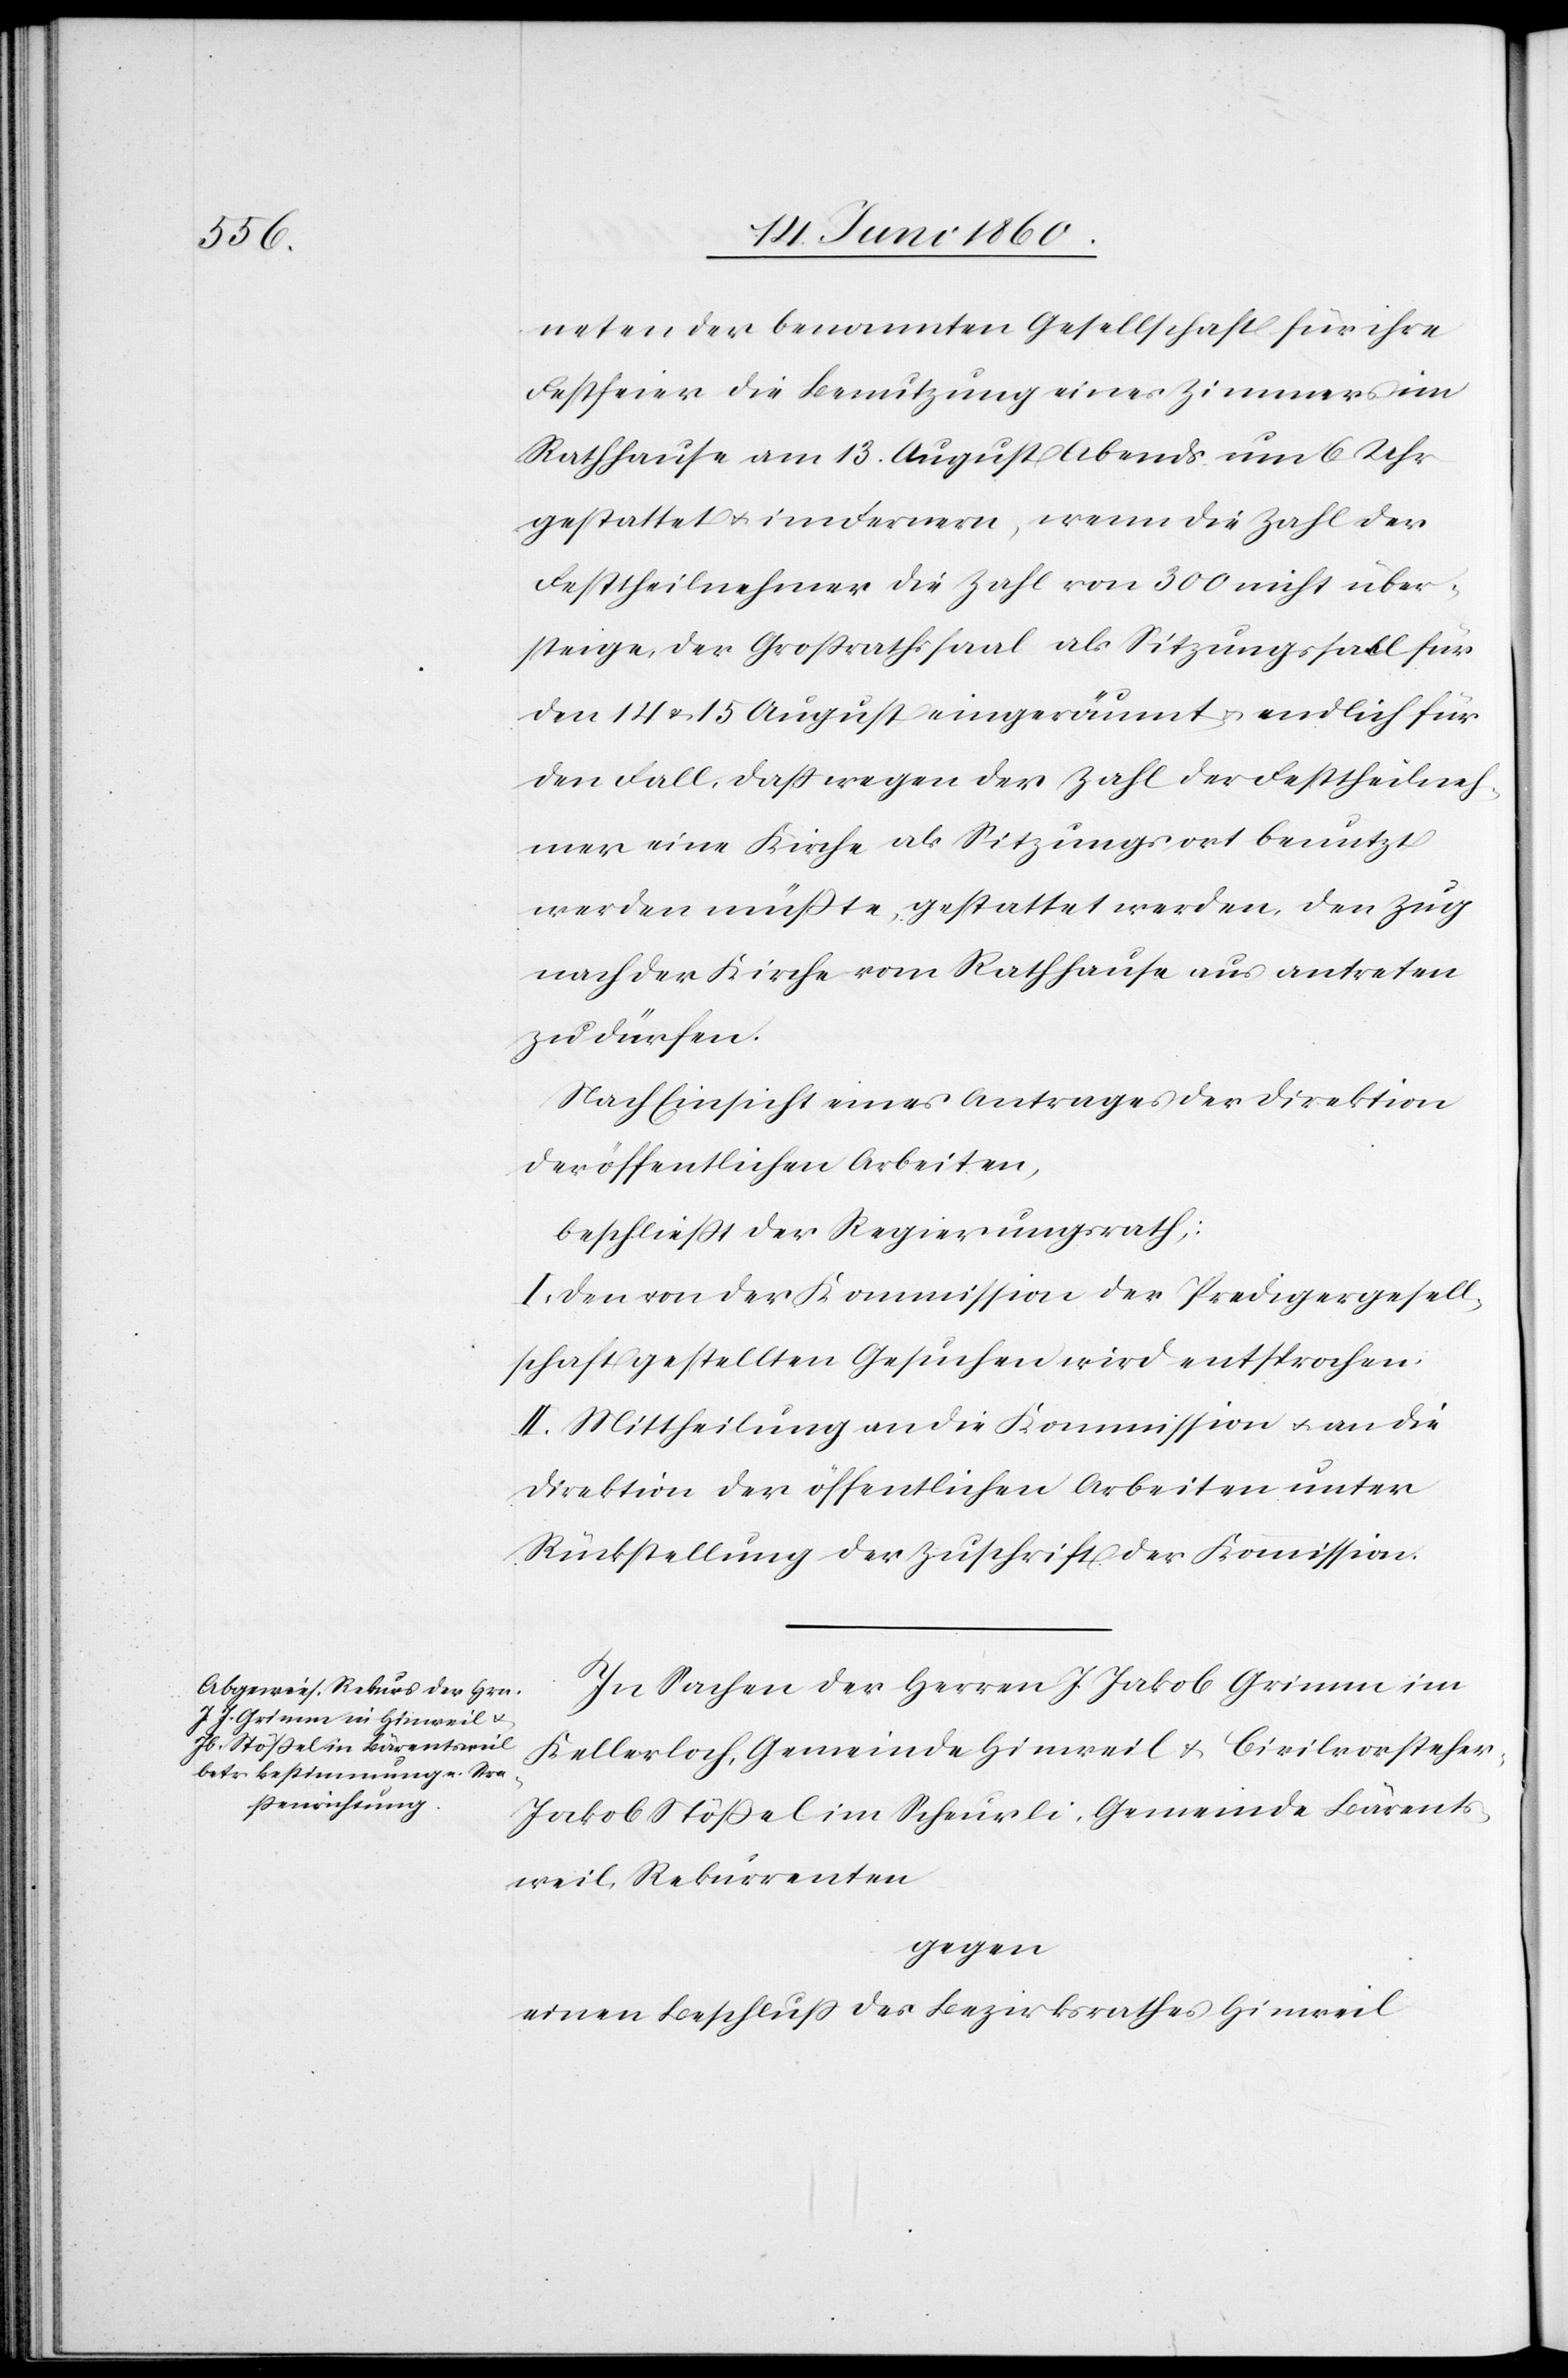
Festfeier die Benutzung eines Zimmers im
Rathhause am 13. August Abends um 6 Uhr
gestattet u. im Fernern, wenn die Zahl der
Festtheilnehmer die Zahl von 300 nicht über¬
steige, der Grossrathssaal als Sitzungssaal für
den 14 u 15 August eingeräumt u. endlich für
den Fall, dass wegen der Zahl der Festtheilneh¬
mer eine Kirche als Sitzungsort benutzt
werden müsste, gestattet werden, den Zug
nach der Kirche vom Rathhause aus antreten
zu dürfen.
Nach Einsicht eines Antrages der Direktion
der öffentlichen Arbeiten,
beschliesst der Regierungsrath;
I. Den von der Kommission der Predigergesell¬
schaft gestellten Gesuchen wird entsprochen;
II. Mittheilung an die Kommission u. an die
Direktion der öffentlichen Arbeiten unter
Rückstellung der Zuschrift der Kommission.
In Sachen der Herrn J. Jakob Grimm im
Kellerloch, Gemeinde Hinweil u. Civilvorsteher
Jakob Stössel im Scheu[e]rli, Gemeinde Bärents¬
weil, Rekurrenten
gegen
einen Beschluss des Bezirksrathes Hinweil